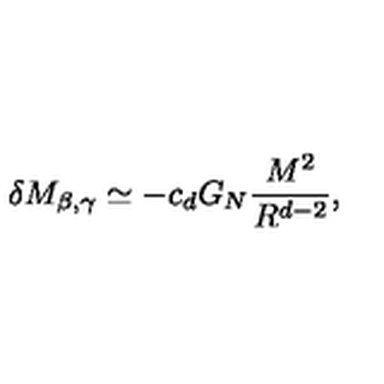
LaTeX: \delta M _ { \beta , \gamma } \simeq - c _ { d } G _ { N } \frac { M ^ { 2 } } { R ^ { d - 2 } } ,